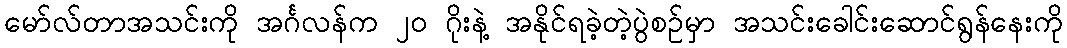
မော်လ်တာအသင်းကို အင်္ဂလန်က ၂၀ ဂိုးနဲ့ အနိုင်ရခဲ့တဲ့ပွဲစဉ်မှာ အသင်းခေါင်းဆောင်ရွန်နေးကို